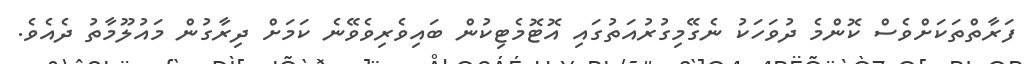
ފަރާތްތަކަށްވެސް ކޮންމެ ދުވަހަކު ނެގޭމިގުރުއަތުގައި އޮޓޮމެޓިކުން ބައިވެރިވެވޭނެ ކަމަށް ދިރާގުން މައުލޫމާތު ދެއެވެ.